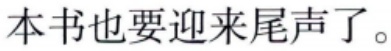
本书也要迎来尾声了。